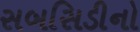
સબસિડીનો